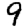
Digit: 9